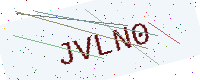
Text: JVLN0